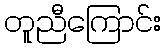
တူညီကြောင်း